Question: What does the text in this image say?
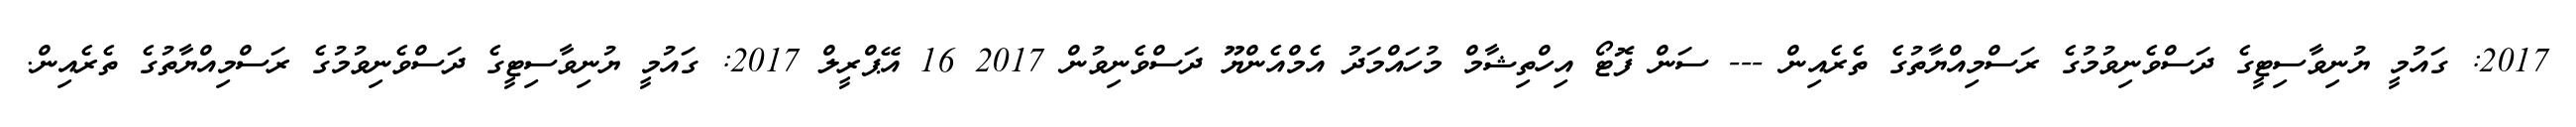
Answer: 2017: ގައުމީ ޔުނިވާސިޓީގެ ދަސްވެނިވުމުގެ ރަސްމިއްޔާތުގެ ތެރެއިން --- ސަން ފޮޓޯ އިހްތިޝާމް މުހައްމަދު އެމްއެންޔޫ ދަސްވެނިވުން 2017 16 އޭޕްރީލް 2017: ގައުމީ ޔުނިވާސިޓީގެ ދަސްވެނިވުމުގެ ރަސްމިއްޔާތުގެ ތެރެއިން.